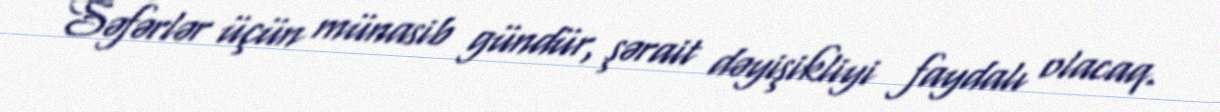
Səfərlər üçün münasib gündür, şərait dəyişikliyi faydalı olacaq.